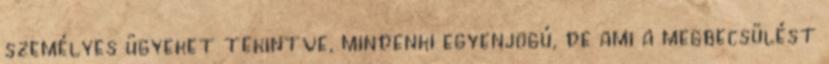
személyes ügyeket tekintve, mindenki egyenjogú, de ami a megbecsülést